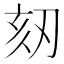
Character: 𠜨